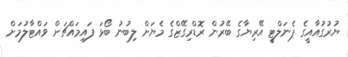
ޔުރުގުއާއީގެ ޕެނަލްޓީ އޭރިޔާގެ ބޭރުން ރޮޑްރިގޭޒްގެ މެޔަށް ލިބުނު ބޯޅަ ފައިމައްޗަށް ވައްޓާލުމަށް